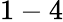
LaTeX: \mathrm{1-4}